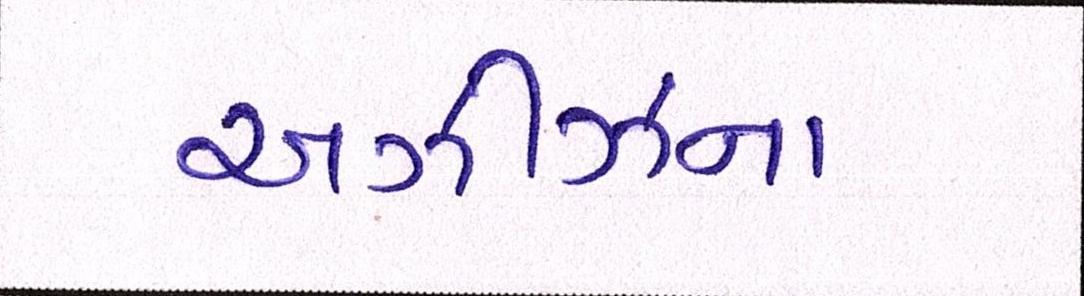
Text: અઝીઝના